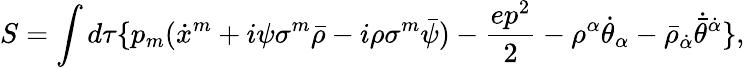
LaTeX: S=\int d\tau\{ p_{m}(\dot{x}^{m}+i\psi\sigma^{m}\bar{\rho}-i\rho\sigma^{m}\bar{\psi})-\frac{ep^{2}}{2}-{\rho^{\alpha}}{\dot{\theta}}_{\alpha}-{\bar{\rho}}_{\dot{\alpha}}{\dot{\bar{\theta}}}^{\dot{\alpha}}\} ,